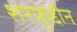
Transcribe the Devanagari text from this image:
शरफ़ुद्दीन